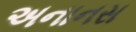
અનાનસ